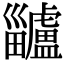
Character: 𤴅